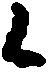
候